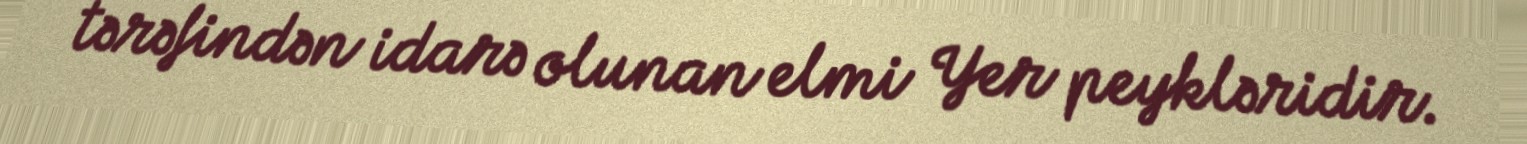
tərəfindən idarə olunan elmi Yer peykləridir.